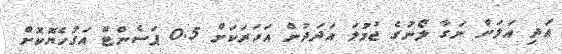
އަދި އަލަށް ނަގާ ލޯނުގެ ޖުމުލަ އަދަދުން އަހަރަކަށް 0.5 ޕަސެންޓް އަގުހެޔޮކޮށް